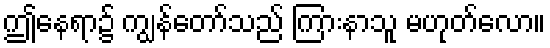
ဤနေရာ၌ ကျွန်တော်သည် ကြားနာသူ မဟုတ်လော။